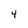
Character: 4